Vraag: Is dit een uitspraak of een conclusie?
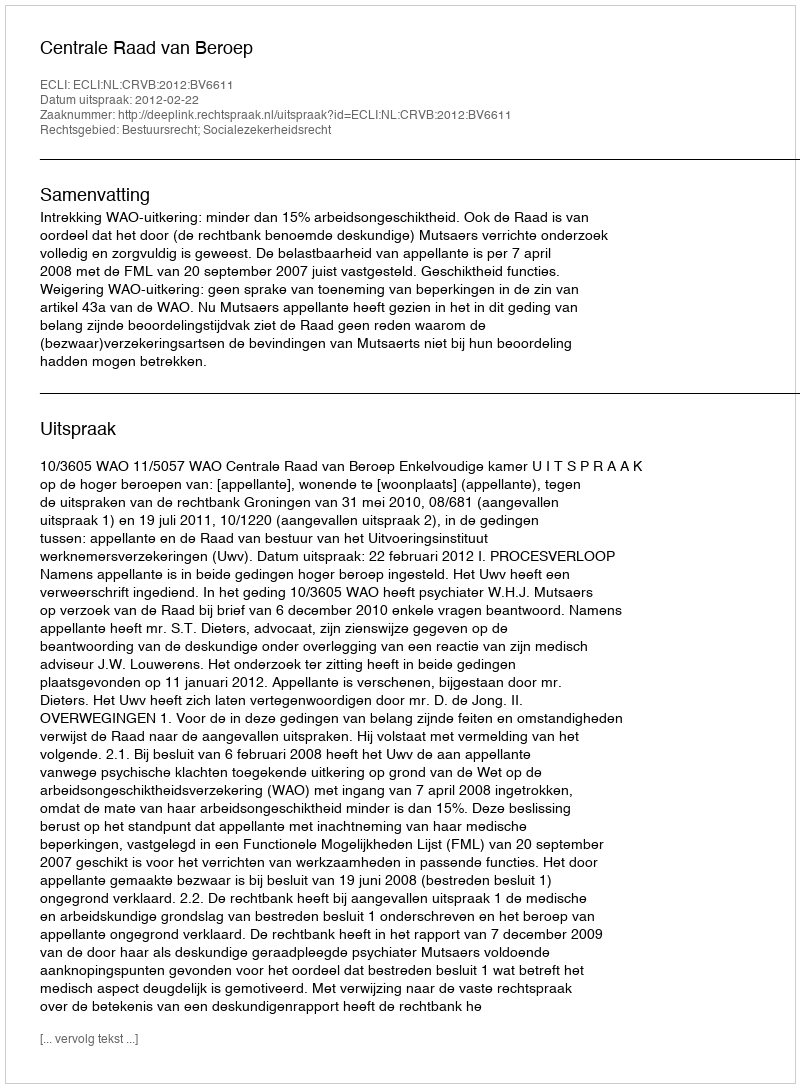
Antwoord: Uitspraak